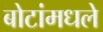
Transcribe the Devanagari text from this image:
बोटांमधले